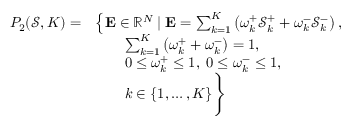
\begin{array} { r l } { P _ { 2 } ( \mathcal { S } , K ) = } & { \left\{ \mathbf { E } \in \mathbb { R } ^ { N } \mid \mathbf { E } = \sum _ { k = 1 } ^ { K } \left( \omega _ { k } ^ { + } \mathcal { S } _ { k } ^ { + } + \omega _ { k } ^ { - } \mathcal { S } _ { k } ^ { - } \right) , \right. } \\ & { \qquad \sum _ { k = 1 } ^ { K } \left( \omega _ { k } ^ { + } + \omega _ { k } ^ { - } \right) = 1 , } \\ & { \qquad 0 \leq \omega _ { k } ^ { + } \leq 1 , \; 0 \leq \omega _ { k } ^ { - } \leq 1 , } \\ & { \qquad k \in \{ 1 , \ldots , K \} \Bigg \} } \end{array}